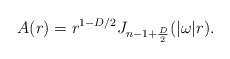
LaTeX: \begin{align*}A(r)= r^{1-D/2} J_{n-1+{D\over 2}}(|\omega| r).\end{align*}